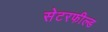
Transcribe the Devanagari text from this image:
सेटरफील्ड